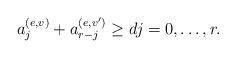
LaTeX: \begin{align*}a^{(e,v)}_j+a^{(e,v')}_{r-j} \geq d j=0,\dots,r.\end{align*}